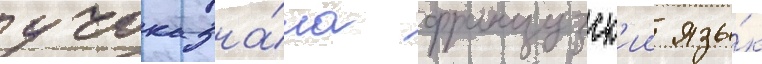
учок зна́ла французск'ии язы́к